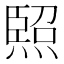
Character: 𭵳